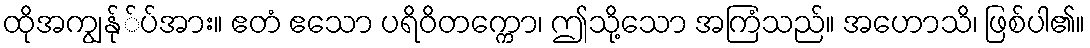
ထိုအကျွန်ု်ပ်အား။ ဧတံ ဧသော ပရိဝိတက္ကော၊ ဤသို့သော အကြံသည်။ အဟောသိ၊ ဖြစ်ပါ၏။